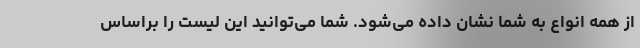
از همه انواع به شما نشان داده می‌شود. شما می‌توانید این لیست را براساس